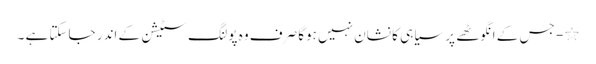
٭- جس کے انگوٹھے پر سیاہی کا نشان نہیں ہوگا صرف وہ پولنگ سٹیشن کے اندر جاسکتا ہے ۔